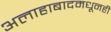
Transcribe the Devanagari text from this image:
अलाहाबादमधूनही